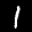
Label: 1